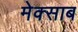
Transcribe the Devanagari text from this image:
मेक्साब